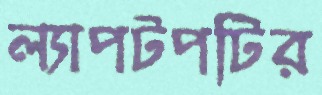
ল্যাপটপটির